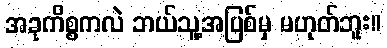
အခုကိစ္စကလဲ ဘယ်သူ့အပြစ်မှ မဟုတ်ဘူး။